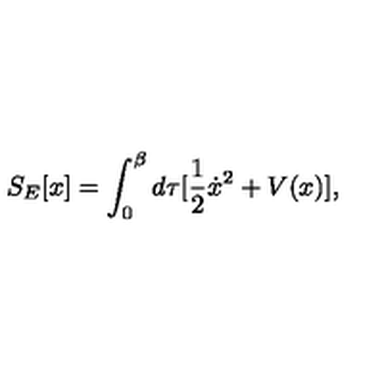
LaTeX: S _ { E } [ x ] = \int _ { 0 } ^ { \beta } d \tau [ \frac { 1 } { 2 } \dot { x } ^ { 2 } + V ( x ) ] ,